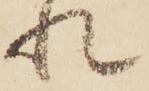
れ